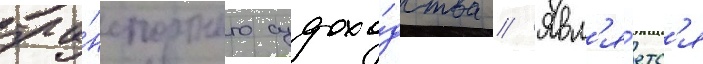
тра́нспортного судохо́дства // Явл'я́етс'я